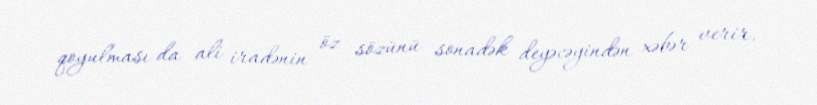
qoyulması da ali iradənin öz sözünü sonadək deyəcəyindən xəbər verir.